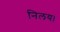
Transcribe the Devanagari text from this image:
निलय।